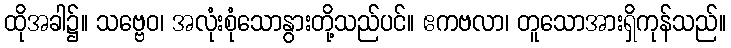
ထိုအခါ၌။ သဗ္ဗေဝ၊ အလုံးစုံသောနွားတို့သည်ပင်။ ဧကဗလာ၊ တူသောအားရှိကုန်သည်။